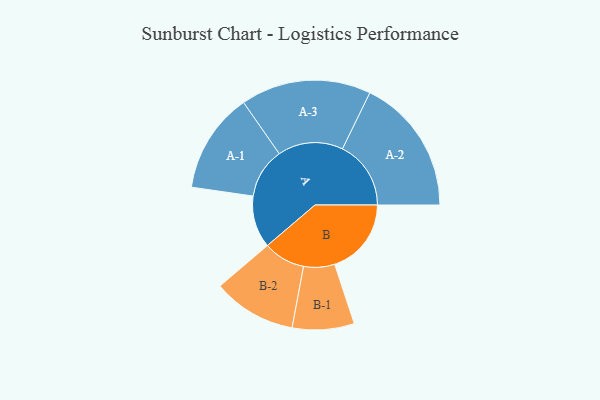
{"axis": {"x": "Segment", "y": "Value"}, "legend": ["", "A", "B"], "data": [{"x": "A", "y": 222, "type": ""}, {"x": "B", "y": 327, "type": ""}, {"x": "A-1", "y": 214, "type": "A"}, {"x": "A-2", "y": 292, "type": "A"}, {"x": "A-3", "y": 278, "type": "A"}, {"x": "B-1", "y": 132, "type": "B"}, {"x": "B-2", "y": 178, "type": "B"}]}